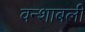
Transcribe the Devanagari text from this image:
वन्शाबली